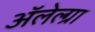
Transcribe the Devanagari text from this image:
अॅलेल्ग्रा